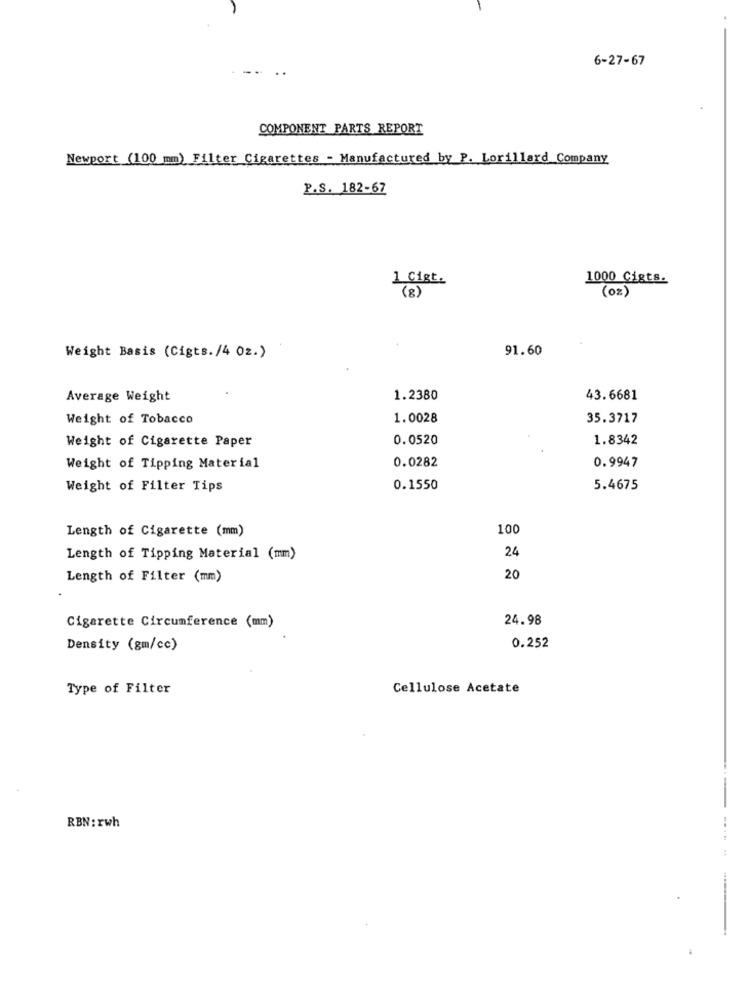
6-27-67
COMPONENT PARTS REPORT
Newport (100 mm) Filter Cigarettes - Manufactured by P. Lorillard Company
P.S. 182-67
1 Cigt.
1000 Cigts.
(g)
(0%)
91.60
Weight Basis (Cigts. /4 Oz.)
Average Weight
1.2380
43.6681
Weight of Tobacco
1.0028
35.3717
Weight of Cigarette Paper
0.0520
1.8342
0.0282
0.9947
Weight of Tipping Material
Weight of Filter Tips
0.1550
5.4675
Length of Cigarette (mm)
100
24
Length of Tipping Material (mm)
Length of Filter (mm)
20
Cigarette Circumference (mm)
24.98
0.252
Density (gm/cc)
Type of Filter
Cellulose Acetate
RBN: rwh